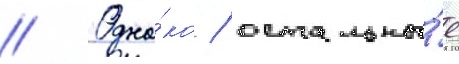
// Одна́ко / остальны́е